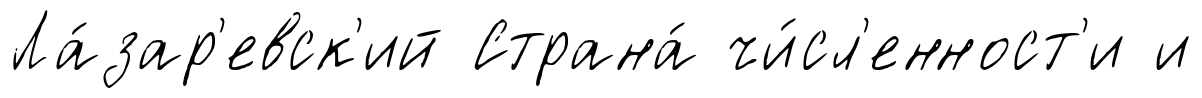
Ла́зар'евск'ий Страна́ чи́сл'енност'и и